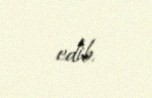
edib.